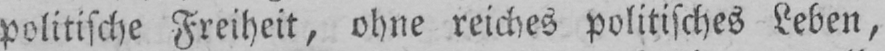
politische Freiheit, ohne reiches politisches Leben,